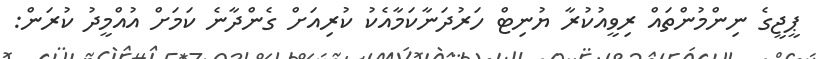
ޕީޖީގެ ނިންމުންތައް ރިވީއުކުރާ ޔުނިޓް ހަރުދަނާކަމާއެކު ކުރިއަށް ގެންދާނެ ކަމަށް އުއްމީދު ކުރަން: